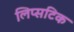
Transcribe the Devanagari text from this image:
लिप्सटिक